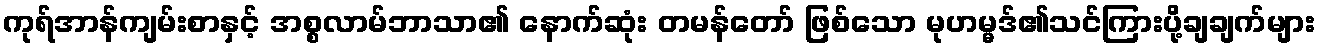
ကုရ်အာန်ကျမ်းစာနှင့် အစ္စလာမ်ဘာသာ၏ နောက်ဆုံး တမန်တော် ဖြစ်သော မုဟမ္မဒ်၏သင်ကြားပို့ချချက်များ